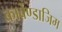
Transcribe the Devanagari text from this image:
कार्बेण्डाजिम